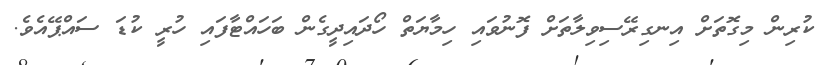
ކުރިން މިގޮތަށް އިނގިރޭސިވިލާތަށް ފޮނުވައި ހިމާޔަތް ހޯދައިދީގެން ބަހައްޓާފައި ހުރީ ކުޑަ ސައްޕޭއެވެ.